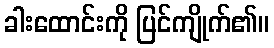
ခါးထောင်းကို ပြင်ကျိုက်၏။